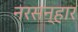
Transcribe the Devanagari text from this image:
नरसन्हार